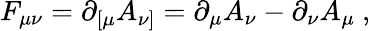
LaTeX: F_{\mu\nu}=\partial_{[\mu}A_{\nu]}=\partial_{\mu}A_{\nu}-\partial_{\nu}A_{\mu}\ ,